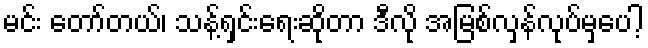
မင်း တော်တယ်၊ သန့်ရှင်းရေးဆိုတာ ဒီလို အမြစ်လှန်လုပ်မှပေါ့